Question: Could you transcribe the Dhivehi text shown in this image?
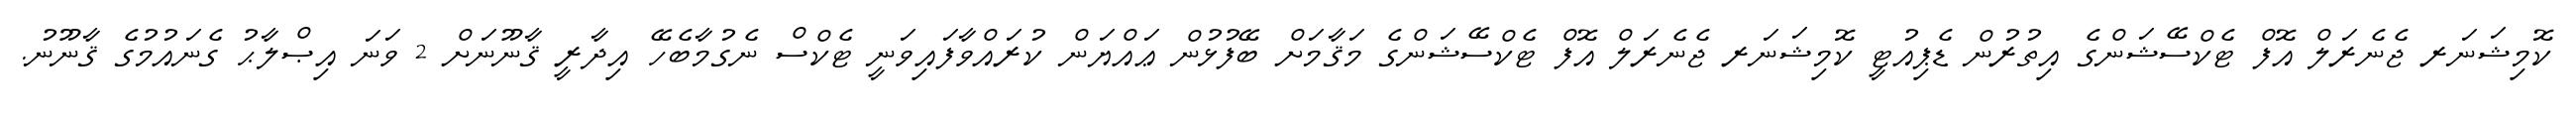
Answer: ކޮމިޝަނަރ ޖެނެރަލް އޮފް ޓެކްސޭޝަންގެ އިތުރުން ޑެޕިއުޓީ ކޮމިޝަނަރ ޖެނެރަލް އޮފް ޓެކްސޭޝަންގެ މަޤާމަށް ބޭފުޅުން ޢައްޔަން ކުރައްވާފައިވަނީ ޓެކްސް ނެގުމާބެހޭ އިދާރީ ޤާނޫނަށް 2 ވަނަ އިޞްލާޙު ގެނައުމުގެ ޤާނޫނު.